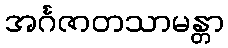
အင်္ဂဇာတသာမန္တာ